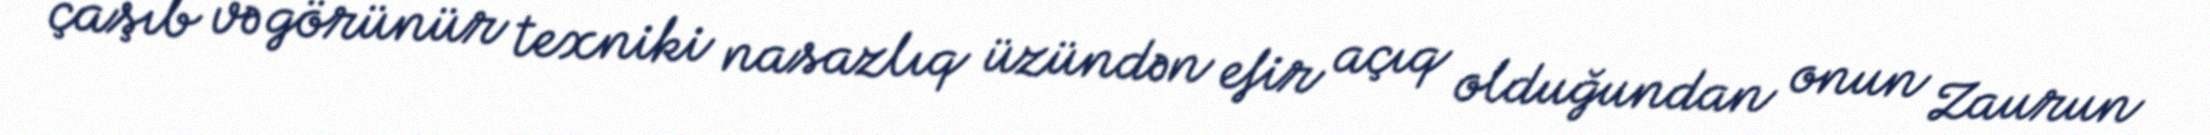
çaşıb və görünür texniki nasazlıq üzündən efir açıq olduğundan onun Zaurun